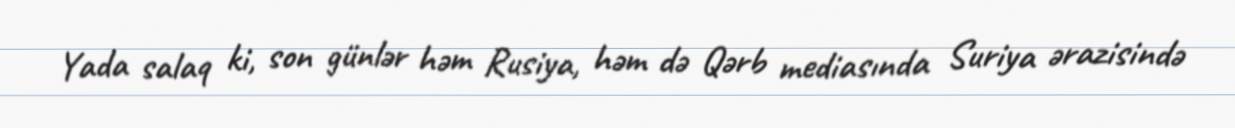
Yada salaq ki, son günlər həm Rusiya, həm də Qərb mediasında Suriya ərazisində